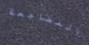
المضاجعة